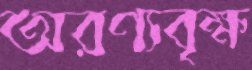
অরণ্যবৃক্ষ